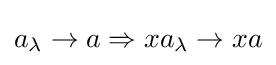
a_{\lambda }\rightarrow a\Rightarrow xa_{\lambda }\rightarrow xa